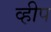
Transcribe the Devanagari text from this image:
व्हीप